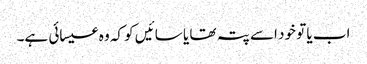
اب یا تو خود اسے پتہ تھا یا سائیں کو کہ وہ عیسائی ہے۔